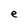
Character: e